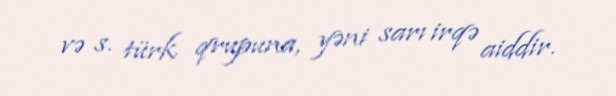
və s. türk qrupuna, yəni sarı irqə aiddir.